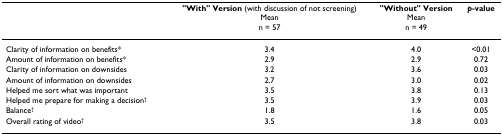
|  | "With" Version (with discussion of not screening)Meann = 57 | "Without" VersionMeann = 49 | p-value |
 | --- | --- | --- | --- |
 | Clarity of information on benefits* | 3.4 | 4.0 | <0.01 |
 | Amount of information on benefits* | 2.9 | 2.9 | 0.72 |
 | Clarity of information on downsides | 3.2 | 3.6 | 0.03 |
 | Amount of information on downsides | 2.7 | 3.0 | 0.02 |
 | Helped me sort what was important | 3.5 | 3.8 | 0.13 |
 | Helped me prepare for making a decision† | 3.5 | 3.9 | 0.03 |
 | Balance† | 1.8 | 1.6 | 0.05 |
 | Overall rating of video† | 3.5 | 3.8 | 0.03 |